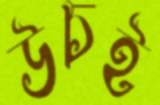
উচই